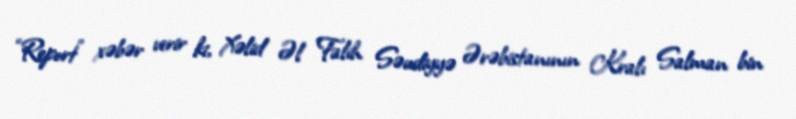
“Report” xəbər verir ki, Xəlid Əl Falih Səudiyyə Ərəbistanının Kralı Salman bin